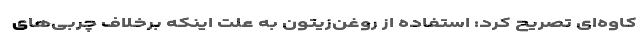
کاوه‌ای تصریح کرد: استفاده از روغن‌زیتون به علت اینکه برخلاف چربی‌های